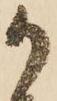
可